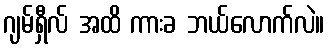
ဂျမ်ရှီလ် အထိ ကားခ ဘယ်လောက်လဲ။